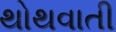
થોથવાતી